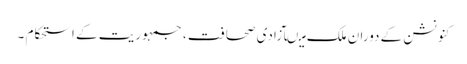
کنونشن کے دوران ملک میںآزادی صحافت ، جمہوریت کے استحکام ۔